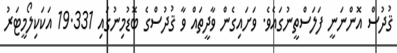
ޤުދުސް އޮންނަނީ ފަލަސްތީނުގައެވެ. ވަށައިގެން ވާދީތައް ވާ ޤުދުސްގެ ބޮޑުމިނުގައި 19.331 އަކަކިލޯމީޓަރު